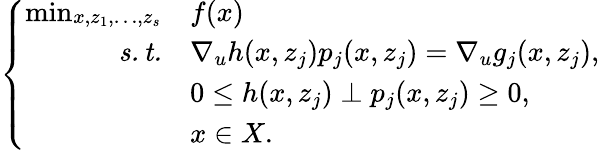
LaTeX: \left\{ \begin{array}{rl}{\operatorname*{min}_{\substack{x,z_{1},\ldots,z_{s}}}}&{f(x)}\\ {\mathit{s.t.}}&{\nabla_{u}h(x,z_{j})p_{j}(x,z_{j})=\nabla_{u}g_{j}(x,z_{j}),}\\ &{0\le h(x,z_{j})\perp p_{j}(x,z_{j})\ge 0,}\\ &{x\in X.}\end{array}\right.